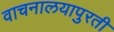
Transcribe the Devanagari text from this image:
वाचनालयापुरती